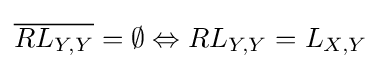
{\overline {RL_{Y,Y}}}=\emptyset \Leftrightarrow RL_{Y,Y}=L_{X,Y}